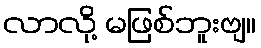
လာလို့ မဖြစ်ဘူးဗျ။